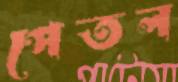
পেতল